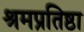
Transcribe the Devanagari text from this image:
श्रमप्रतिष्ठा